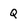
Character: Q